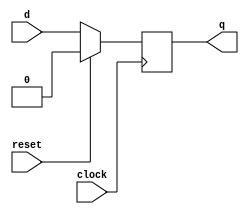
module sync_reset (
  input clock,
  input reset,
  input d,
  output q
);
  reg q_reg;

  always @ (posedge clock) begin
    if (reset) begin
      q_reg <= 1'b0;
    end else begin
      q_reg <= d;
    end
  end

  assign q = q_reg;

endmodule